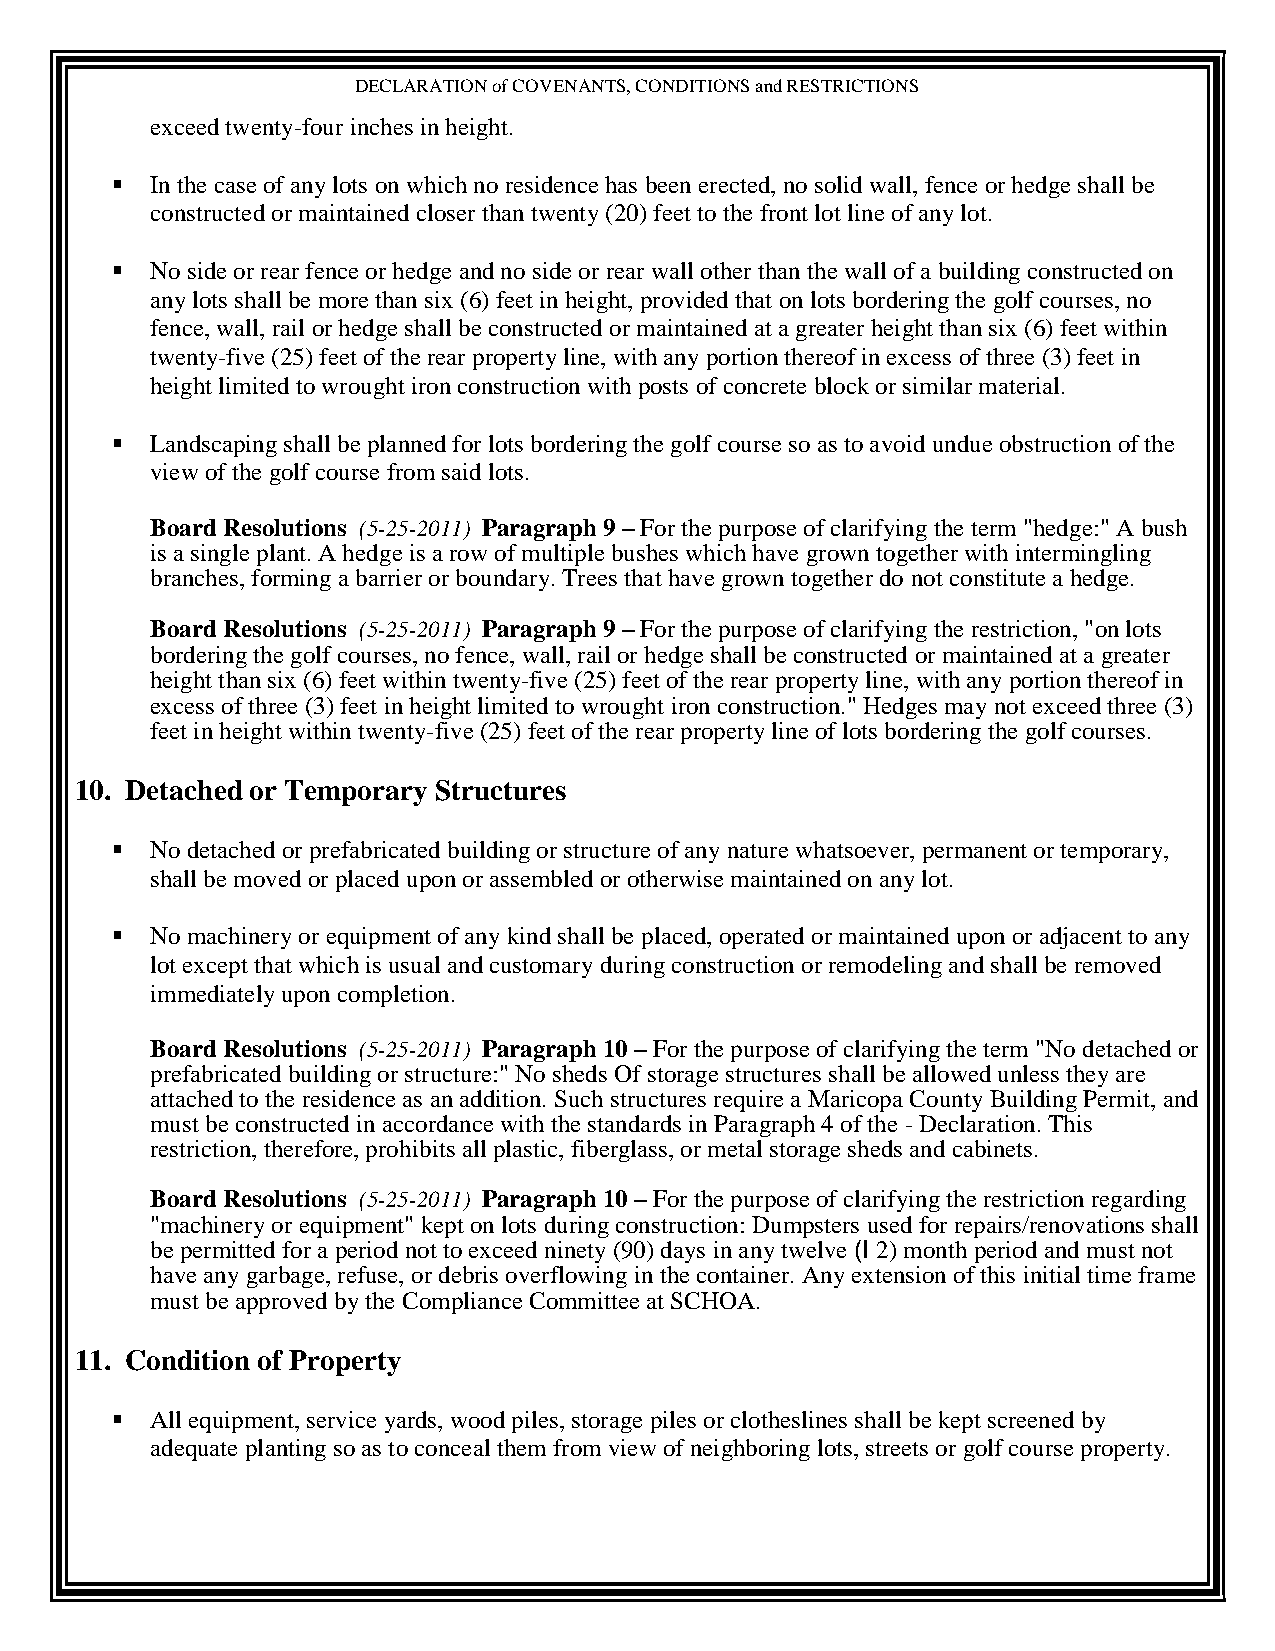
DECLARATION of COVENANTS, CONDITIONS and RESTRICTIONS
 exceed twenty-four inches in height.
   In the case of any lots on which no residence has been erected, no solid wall, fence or hedge shall be
 constructed or maintained closer than twenty (20) feet to the front lot line of any lot.
   No side or rear fence or hedge and no side or rear wall other than the wall of a building constructed on
 any lots shall be more than six (6) feet in height, provided that on lots bordering the golf courses, no
 fence, wall, rail or hedge shall be constructed or maintained at a greater height than six (6) feet within
 twenty-five (25) feet of the rear property line, with any portion thereof in excess of three (3) feet in
 height limited to wrought iron construction with posts of concrete block or similar material.
   Landscaping shall be planned for lots bordering the golf course so as to avoid undue obstruction of the
 view of the golf course from said lots.
 Board Resolutions (5-25-2011) Paragraph 9 – For the purpose of clarifying the term "hedge:" A bush
 is a single plant. A hedge is a row of multiple bushes which have grown together with intermingling
 branches, forming a barrier or boundary. Trees that have grown together do not constitute a hedge.
 Board Resolutions (5-25-2011) Paragraph 9 – For the purpose of clarifying the restriction, "on lots
 bordering the golf courses, no fence, wall, rail or hedge shall be constructed or maintained at a greater
 height than six (6) feet within twenty-five (25) feet of the rear property line, with any portion thereof in
 excess of three (3) feet in height limited to wrought iron construction." Hedges may not exceed three (3)
 feet in height within twenty-five (25) feet of the rear property line of lots bordering the golf courses.
 10. Detached or Temporary Structures
   No detached or prefabricated building or structure of any nature whatsoever, permanent or temporary,
 shall be moved or placed upon or assembled or otherwise maintained on any lot.
   No machinery or equipment of any kind shall be placed, operated or maintained upon or adjacent to any
 lot except that which is usual and customary during construction or remodeling and shall be removed
 immediately upon completion.
 Board Resolutions (5-25-2011) Paragraph 10 – For the purpose of clarifying the term "No detached or
 prefabricated building or structure:" No sheds Of storage structures shall be allowed unless they are
 attached to the residence as an addition. Such structures require a Maricopa County Building Permit, and
 must be constructed in accordance with the standards in Paragraph 4 of the - Declaration. This
 restriction, therefore, prohibits all plastic, fiberglass, or metal storage sheds and cabinets.
 Board Resolutions (5-25-2011) Paragraph 10 – For the purpose of clarifying the restriction regarding
 "machinery or equipment" kept on lots during construction: Dumpsters used for repairs/renovations shall
 be permitted for a period not to exceed ninety (90) days in any twelve (I 2) month period and must not
 have any garbage, refuse, or debris overflowing in the container. Any extension of this initial time frame
 must be approved by the Compliance Committee at SCHOA.
 11. Condition of Property
   All equipment, service yards, wood piles, storage piles or clotheslines shall be kept screened by
 adequate planting so as to conceal them from view of neighboring lots, streets or golf course property.